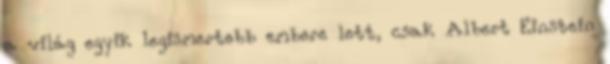
a világ egyik legismertebb embere lett, csak Albert Einstein